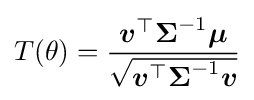
T(\theta )={\frac {{\boldsymbol {v}}^{\top }{\boldsymbol {\Sigma }}^{-1}{\boldsymbol {\mu }}}{\sqrt {{\boldsymbol {v}}^{\top }{\boldsymbol {\Sigma }}^{-1}{\boldsymbol {v}}}}}